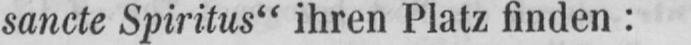
sancte Spiritus“ ihren Platz finden: